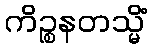
ကိဉ္စနတသ္မိံ